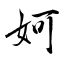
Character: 妸